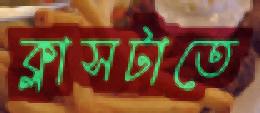
ক্লাসটাতে